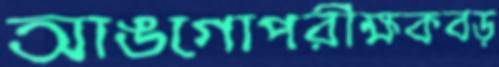
আঙগোপরীক্ষকবড়